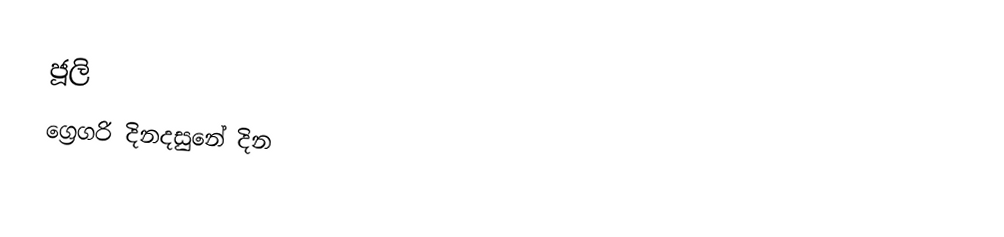
ජූලි
ග්‍රෙගරි දිනදසුනේ දින